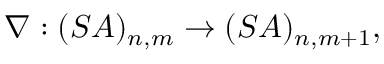
\nabla : ( { \cal S A } ) _ { n , m } \rightarrow ( { \cal S A } ) _ { n , m + 1 } ,